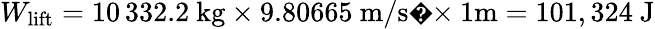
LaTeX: W_{\mathrm{{lift}}}=10\, 332.2~{\mathrm{kg}}\times 9.80665~{\mathrm{m/s�}}\times 1{\mathrm{m}}=101,324{\mathrm{~J}}